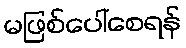
မဖြစ်ပေါ်စေရန်